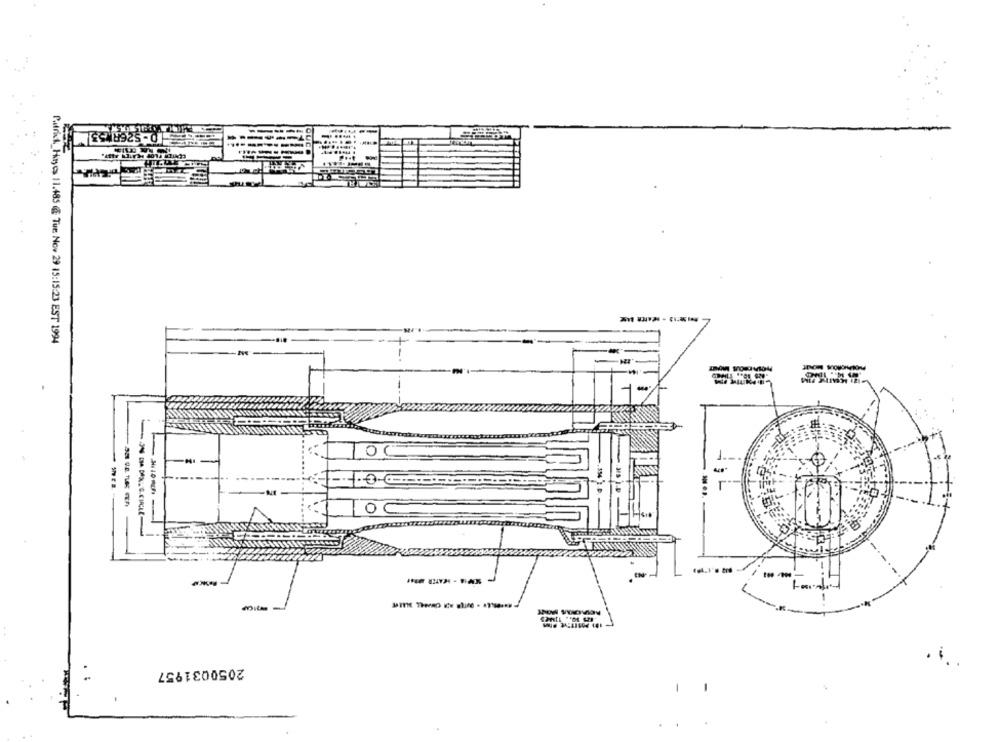
Patrick_Hayes 11.485 & Tur Nov 29 15:15:23 EST 1994
-- 416 - MATER ....
IN
--
2050031957